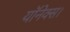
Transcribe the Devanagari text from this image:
यॉनेक्स।